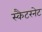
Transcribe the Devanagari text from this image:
स्कैटरनेट